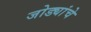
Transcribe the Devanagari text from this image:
जोड्यांचे